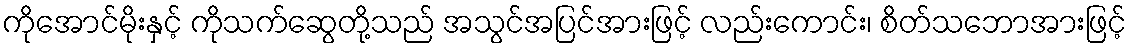
ကိုအောင်မိုးနှင့် ကိုသက်ဆွေတို့သည် အသွင်အပြင်အားဖြင့် လည်းကောင်း၊ စိတ်သဘောအားဖြင့်